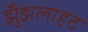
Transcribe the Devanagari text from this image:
झुँझलाहट